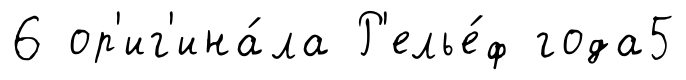
6 ор'иг'ина́ла Р'елье́ф года5